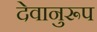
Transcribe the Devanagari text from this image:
देवानुरूप